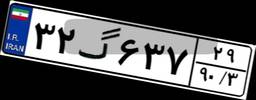
۳۲گ۶۳۷۲۹